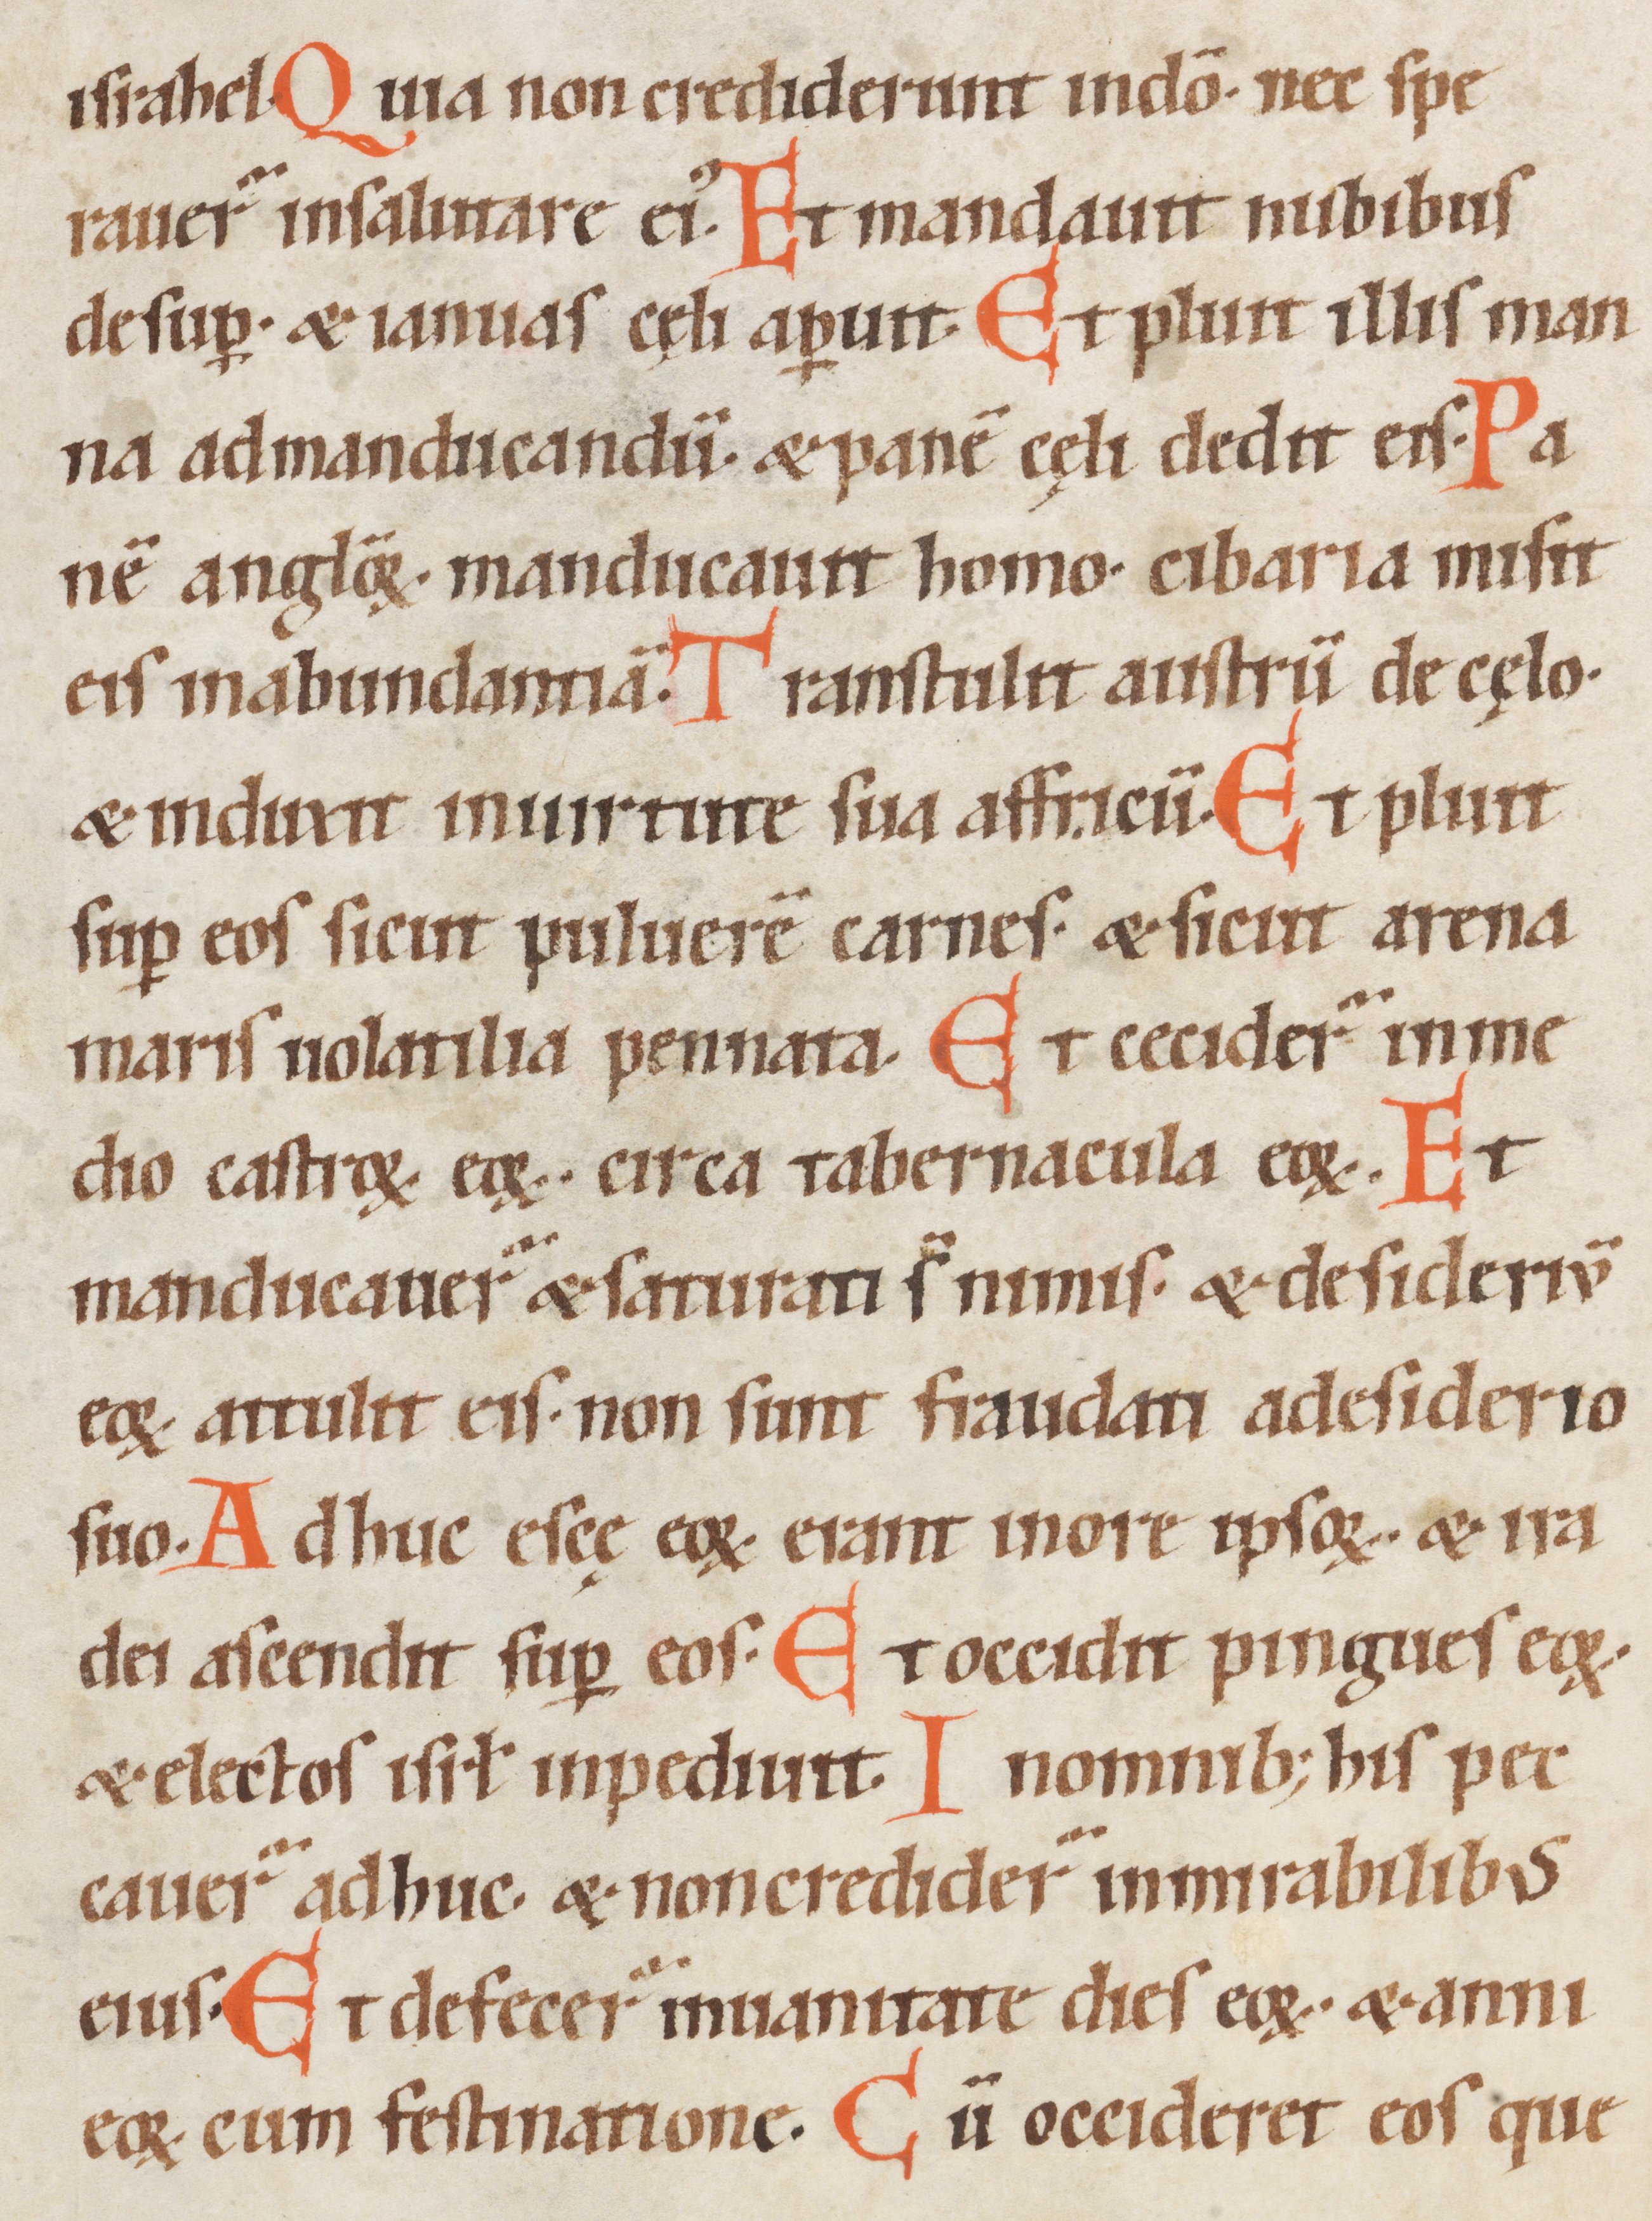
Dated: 1100–1199